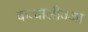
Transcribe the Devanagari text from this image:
कव्वालीवजा